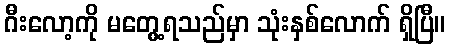
ဂီးလော့ကို မတွေ့ရသည်မှာ သုံးနှစ်လောက် ရှိပြီ။